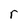
Character: r